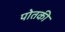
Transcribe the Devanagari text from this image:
पोतकी